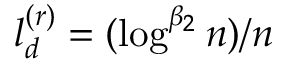
l _ { d } ^ { ( r ) } = ( \log ^ { \beta _ { 2 } } n ) / n